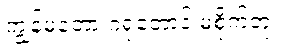
ကျွန်မတော့ ဂရုတောင် မစိုက်ဘူး။